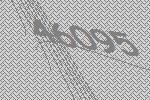
46095